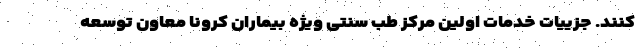
کنند. جزییات خدماتِ اولین مرکز طب سنتی ویژه بیماران کرونا معاون توسعه